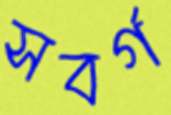
সবর্গ